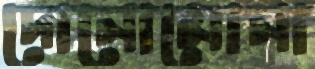
দোনোমোনা